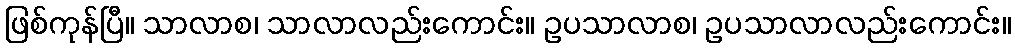
ဖြစ်ကုန်ပြီ။ သာလာစ၊ သာလာလည်းကောင်း။ ဥပသာလာစ၊ ဥပသာလာလည်းကောင်း။